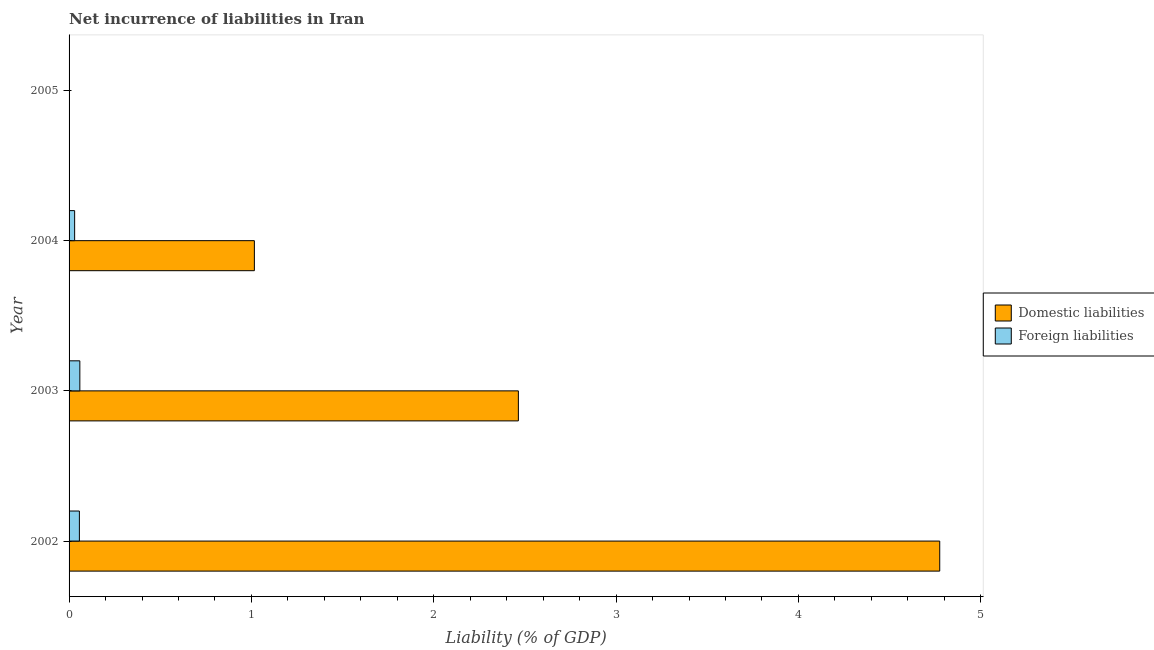
| Year | Domestic liabilities | Foreign liabilities |
 | --- | --- | --- |
 | 2002 | 4.78 | 0.0566 |
 | 2003 | 2.46 | 0.0591 |
 | 2004 | 1.02 | 0.0305 |
 | 2005 | -0.407 | -0.0206 |